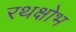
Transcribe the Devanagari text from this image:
रथक्षोभ